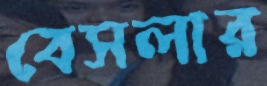
বেসলার